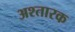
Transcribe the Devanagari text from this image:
अश्तारक